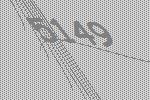
5149